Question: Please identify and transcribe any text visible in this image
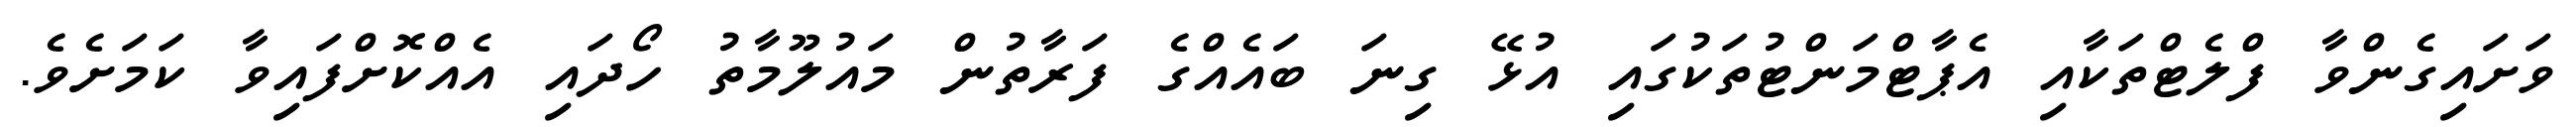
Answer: ވަށައިގެންވާ ފްލެޓްތަކާއި އެޕާޓްމަންޓުތަކުގައި އުޅޭ ގިނަ ބައެއްގެ ފަރާތުން މައުލޫމާތު ހޯދައި އެއްކޮށްފައިވާ ކަމަށެވެ.